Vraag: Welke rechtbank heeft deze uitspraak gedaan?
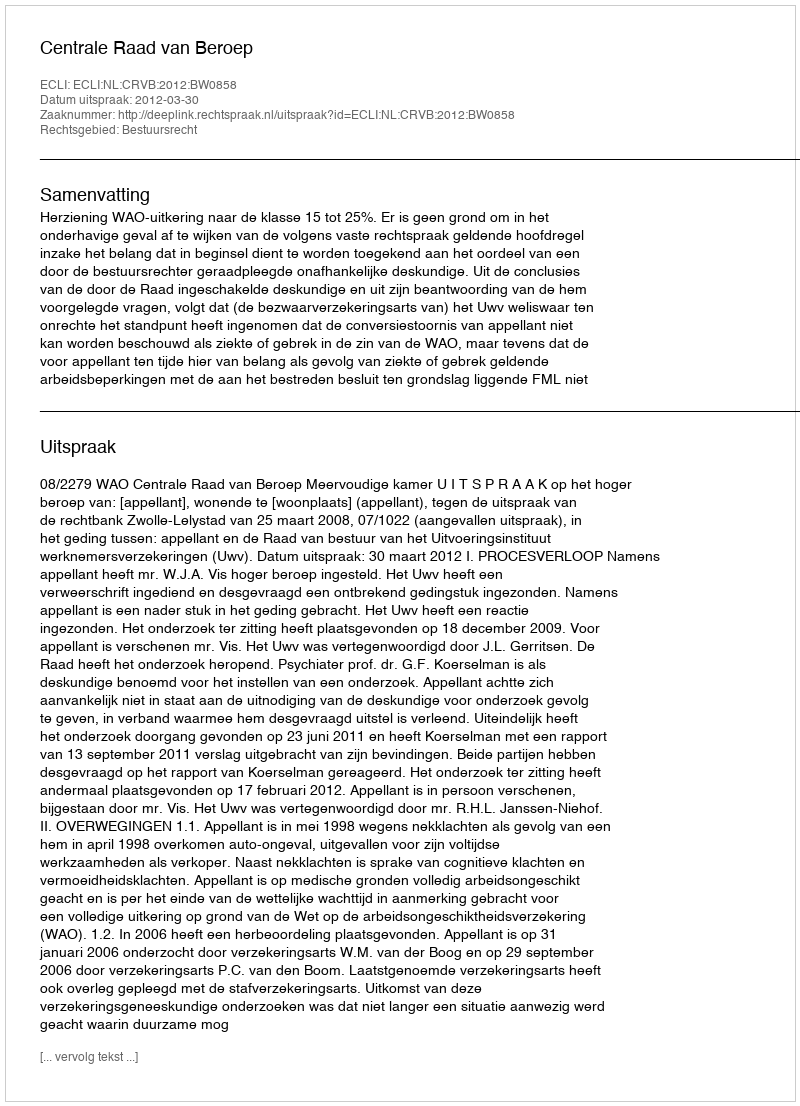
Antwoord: Centrale Raad van Beroep